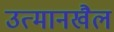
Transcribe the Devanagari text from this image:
उत्मानखैल